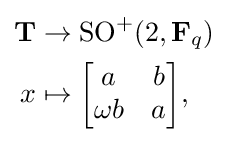
{\begin{aligned}\mathbf {T} &\to \operatorname {SO} ^{+}(2,\mathbf {F} _{q})\\x&\mapsto {\begin{bmatrix}a&b\\\omega b&a\end{bmatrix}},\end{aligned}}